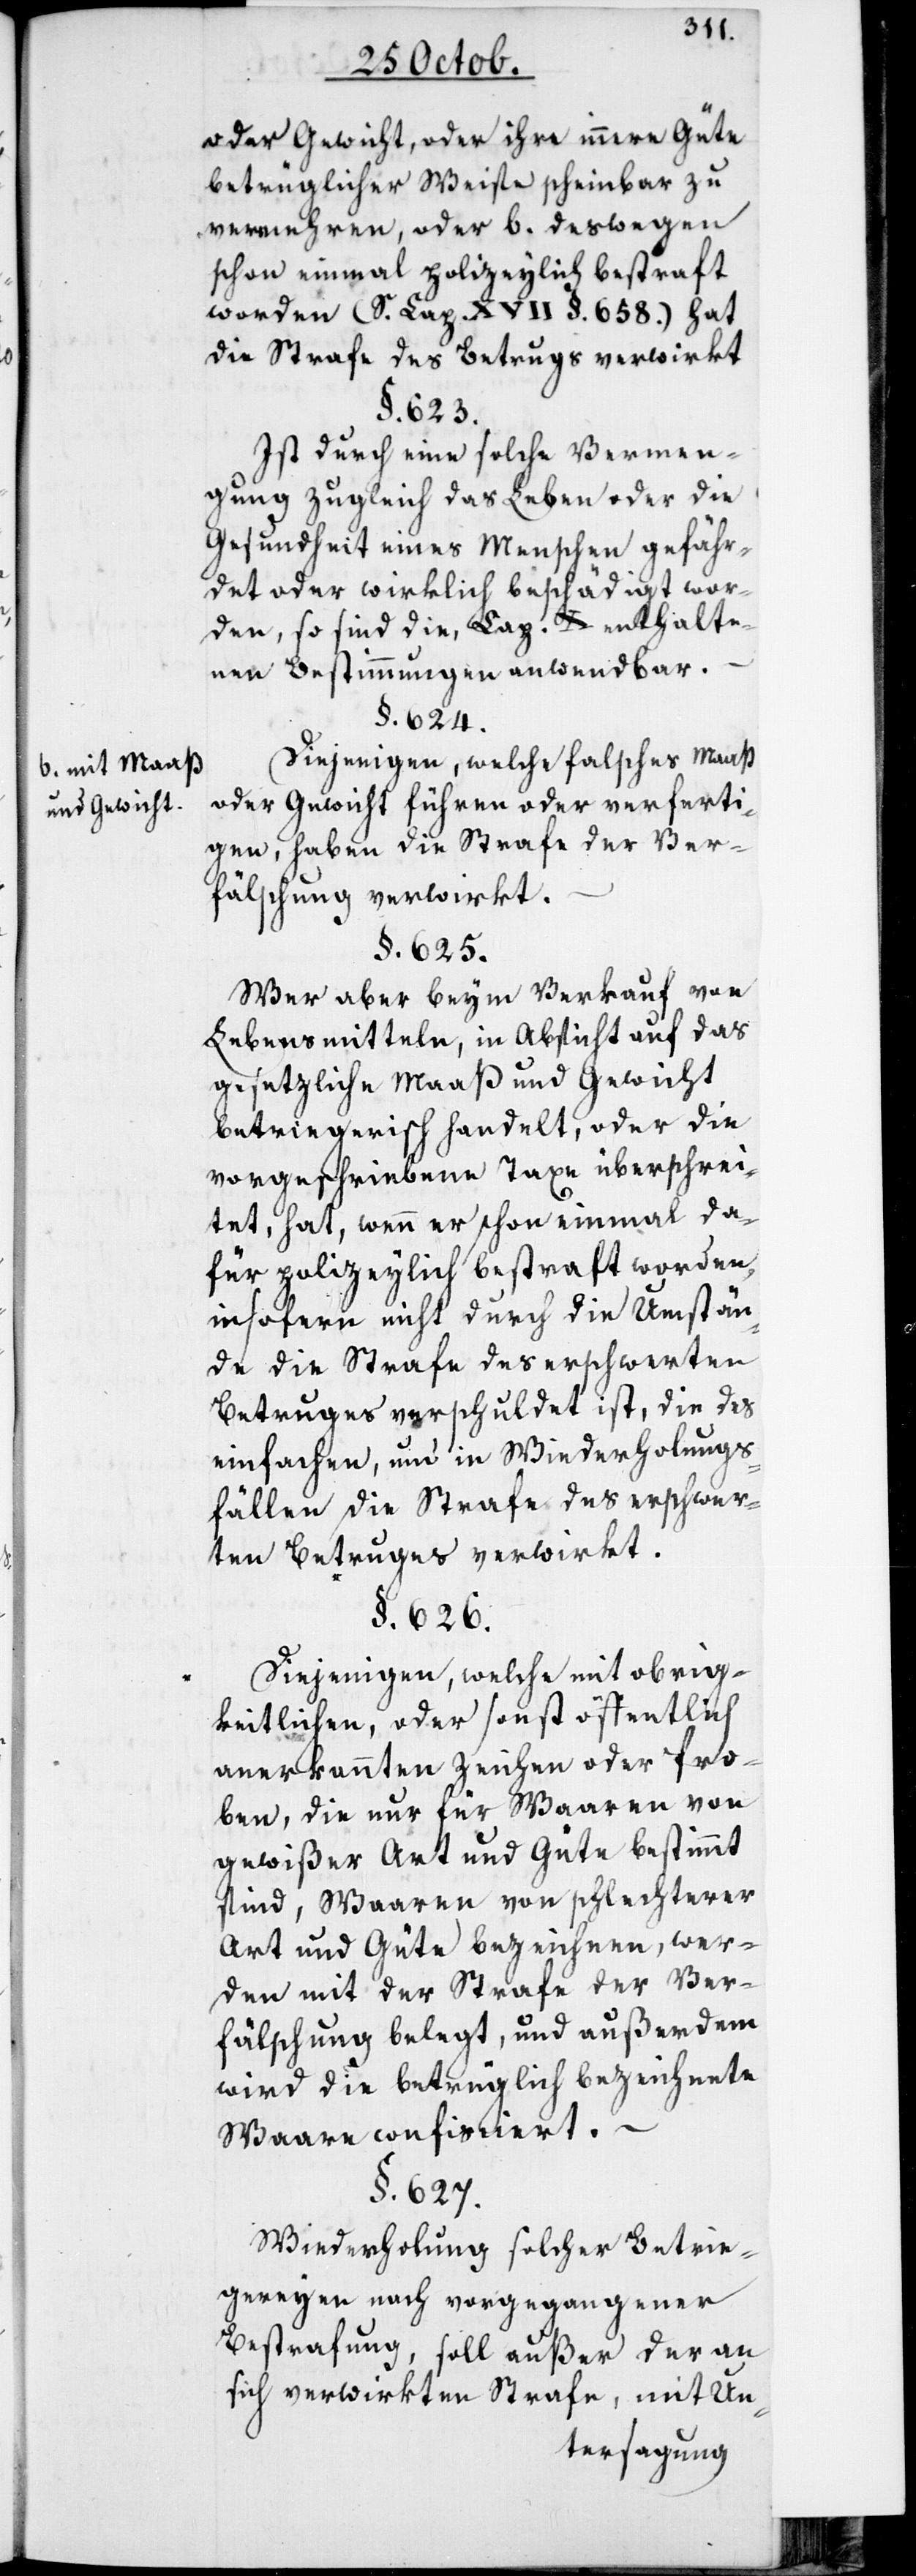
b. mit Maaß
und Gewicht.

oder Gewicht, oder ihre innere Güte
betrüglicher Weise scheinbar zu
vermehren, oder b. deswegen
schon einmal polizeylich bestraft
worden (S. Cap. XVII §. 658.) hat
die Strafe des Betrugs verwirkt.
§. 623.
Ist durch eine solche Vermen¬
gung zugleich das Leben oder die
Gesundheit eines Menschen gefähr¬
det oder wirklich beschädigt wor¬
den, so sind die, Cap. X enthalte¬
nen Bestimmungen anwendbar.
§. 624.
Diejenigen, welche falsches Maaß
oder Gewicht führen oder verferti¬
gen, haben die Strafe der Ver¬
fälschung verwirkt.
§. 625.
Wer aber beym Verkauf von
Lebensmitteln, in Absicht auf das
gesetzliche Maaß und Gewicht
betriegerisch handelt, oder die
vorgeschriebene Taxe überschrei¬
tet, hat, wenn er schon einmal da¬
für polizeylich bestraft worden,
insofern nicht durch die Umstän¬
de die Strafe des erschwerten
Betruges verschuldet ist, die des
einfachen, und in Wiederholungs¬
fällen die Strafe des erschwer¬
ten Betruges verwirkt.
§. 626.
Diejenigen, welche mit obrig¬
keitlichen oder sonst öffentlich
anerkannten Zeichen oder Pro¬
ben, die nur für Waaren von
gewißer Art und Güte bestimmt
sind, Waaren von schlechterer
Art und Güte bezeichnen, wer¬
den mit der Strafe der Ver¬
fälschung belegt, und außerdem
wird die betrüglich bezeichnete
Waare confisciert.
§. 627.
Wiederholung solcher Betrie¬
gereyen nach vorgegangener
Bestrafung, soll außer der an
sich verwirkten Strafe, mit Un-